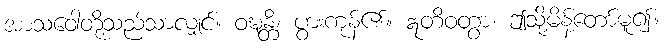
အာသဝေါတို့သည်သာလျှင်။ ဝဍ္ဎန္တိ၊ ပွားကုန်၏။ ဣတိဝတွာ၊ ဤသို့မိန့်တော်မူ၍။